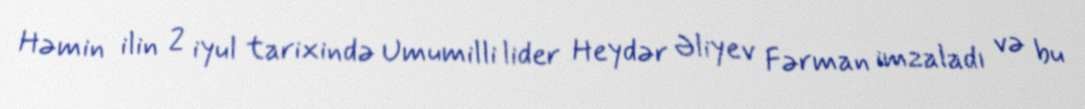
Həmin ilin 2 iyul tarixində Umumilli lider Heydər Əliyev Fərman imzaladı və bu